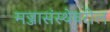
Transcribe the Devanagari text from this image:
मज्जासंस्थेवरील